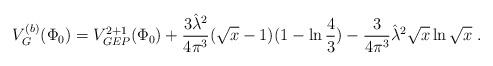
LaTeX: \begin{align*}V_G^{(b)} (\Phi_0) = V_{GEP}^{2+1}(\Phi_0) + \frac {3 {\hat{\lambda}}^2}{4 \pi^3} (\sqrt{x}-1) ( 1- \ln{4\over 3}) - {3\over {4 \pi^3}} {\hat{\lambda}}^2 \sqrt{x} \ln \sqrt{x} \; .\end{align*}